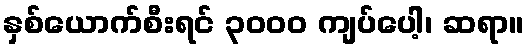
နှစ်ယောက်စီးရင် ၃၀၀၀ ကျပ်ပေါ့၊ ဆရာ။